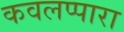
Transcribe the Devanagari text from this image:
कवलप्पारा